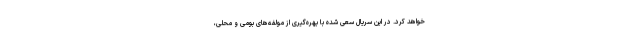
خواهد کرد. در این سریال سعی شده با بهره‌گیری از مولفه‌های بومی و محلی،